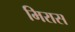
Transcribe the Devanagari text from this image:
मिरास